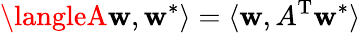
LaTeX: \langleA\mathbf{w},\mathbf{w}^{*}\rangle=\langle\mathbf{w},A^{\mathrm{{T}}}\mathbf{w}^{*}\rangle